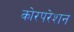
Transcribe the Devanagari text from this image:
कोरपरेशन